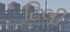
ટિલી